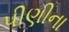
પીણીના